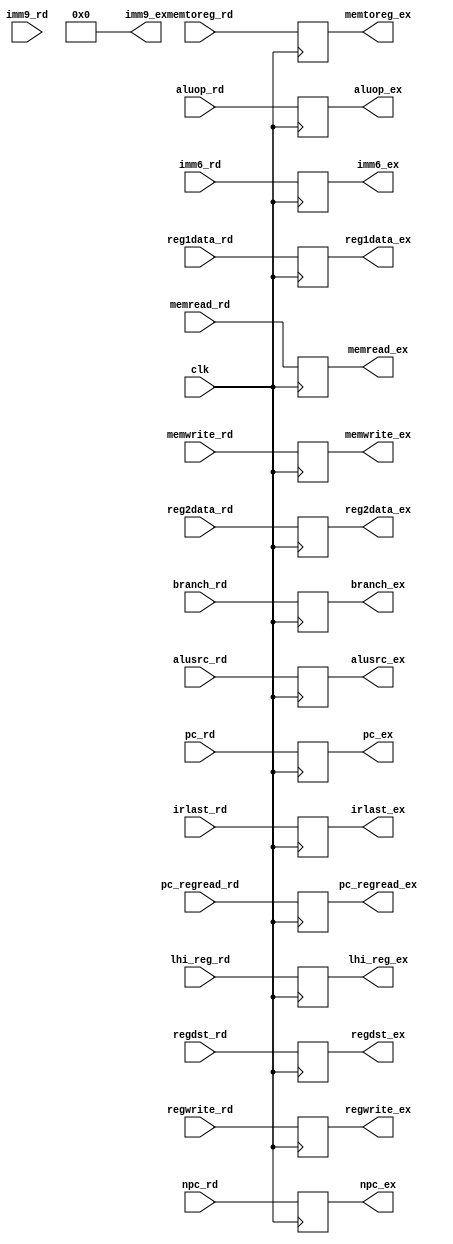
module RD_EX_reg (clk,npc_rd, reg1data_rd, reg2data_rd, imm6_rd, regdst_rd, pc_rd, imm9_rd,
						npc_ex, reg1data_ex, reg2data_ex, imm6_ex, regdst_ex, pc_ex, imm9_ex,
						regwrite_rd,memtoreg_rd,memread_rd,memwrite_rd,branch_rd,aluop_rd,alusrc_rd,pc_regread_rd, irlast_rd, lhi_reg_rd,
						regwrite_ex,memtoreg_ex,memread_ex,memwrite_ex,branch_ex,aluop_ex,alusrc_ex,pc_regread_ex, irlast_ex, lhi_reg_ex);
	
	input clk;
	input [15:0] npc_rd, pc_rd;
	input [15:0] reg1data_rd, reg2data_rd;
	input [15:0] imm6_rd;
	input [2:0] regdst_rd;
	input regwrite_rd,memtoreg_rd,memread_rd,memwrite_rd,branch_rd,pc_regread_rd, lhi_reg_rd;
	input [1:0] alusrc_rd, irlast_rd;
	input [3:0] aluop_rd;
	input [8:0] imm9_rd;
	
	
	output reg [15:0] npc_ex = 16'h0000, pc_ex = 16'h0000;
	output reg [15:0] reg1data_ex = 16'h0000, reg2data_ex = 16'h0000;
	output reg [15:0] imm6_ex = 16'h0000;
	output reg [2:0] regdst_ex = 3'b000;
	output reg regwrite_ex = 1'b0,memtoreg_ex = 1'b0,memread_ex = 1'b0,memwrite_ex = 1'b0,branch_ex = 1'b0,pc_regread_ex = 1'b0, lhi_reg_ex = 1'b0;
	output reg [1:0] alusrc_ex = 2'b00, irlast_ex = 2'b00;
	output reg [3:0] aluop_ex  = 3'b000;
	output reg [8:0] imm9_ex = 9'b000000000;
	
	
	always@(posedge clk)
	begin
	
		npc_ex <= npc_rd;
		pc_ex <= pc_rd;
		reg1data_ex <= reg1data_rd;
		reg2data_ex <= reg2data_rd;
		imm6_ex <= imm6_rd;
		regdst_ex <= regdst_rd;
		
		regwrite_ex <= regwrite_rd;
		memtoreg_ex <= memtoreg_rd;
		memread_ex <= memread_rd;
		memwrite_ex <= memwrite_rd;
		branch_ex <= branch_rd;
		aluop_ex <= aluop_rd;
		alusrc_ex <= alusrc_rd;
		pc_regread_ex <= pc_regread_rd;
		irlast_ex <= irlast_rd;
		lhi_reg_ex <= lhi_reg_rd;
		
	end 
	
endmodule